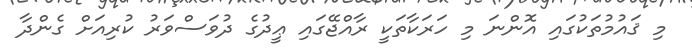
މި ޤައުމުތަކުގައި އޮންނަ މި ހަރަކާތަކީ ރާއްޖޭގައި ޢީދުގެ ދުވަސްވަރު ކުރިއަށް ގެންދާ